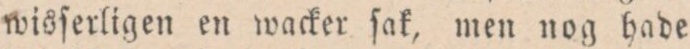
wisſerligen en wacker ſak, men nog hade